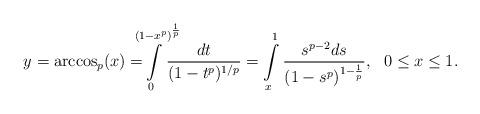
LaTeX: \begin{align*}y=\arccos_p(x)=\!\!\!\!\!\!\int\limits_0^{(1-x^p)^{\frac{1}{p}}}\!\!\!\!\!\frac{dt}{(1-t^p)^{1/p}}=\int\limits_{x}^{1}\frac{s^{p-2}ds}{(1-s^p)^{1-\frac{1}{p}}},~~0\le{x}\le1.\end{align*}